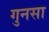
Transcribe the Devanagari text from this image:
गुनसा